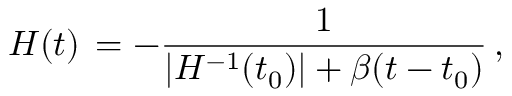
H ( t ) \, = - { \frac { 1 } { \vert H ^ { - 1 } ( t _ { 0 } ) \vert + \beta ( t - t _ { 0 } ) } } \, ,